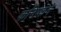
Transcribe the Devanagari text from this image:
कनिष्कने